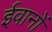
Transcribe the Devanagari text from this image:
ईवानों